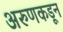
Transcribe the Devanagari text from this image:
अरुणकडून